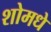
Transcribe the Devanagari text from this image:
शोमधे